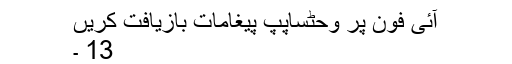
آئی فون پر وحٹساپپ پیغامات بازیافت کریں
13 ۔